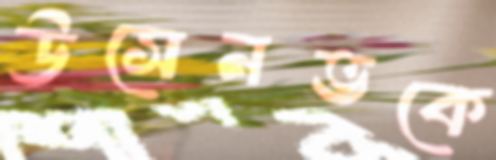
উসেনভকে